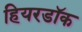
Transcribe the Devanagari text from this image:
हियरडॉक